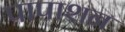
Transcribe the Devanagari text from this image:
पापाशन